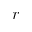
r